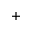
^ +